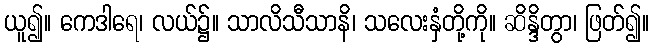
ယူ၍။ ကေဒါရေ၊ လယ်၌။ သာလိသီသာနိ၊ သလေးနှံတို့ကို။ ဆိန္ဒိတွာ၊ ဖြတ်၍။